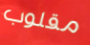
مقلوب